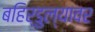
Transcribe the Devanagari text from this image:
बहिर्डुल्यावर